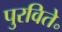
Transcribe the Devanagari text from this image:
पुरविते॰